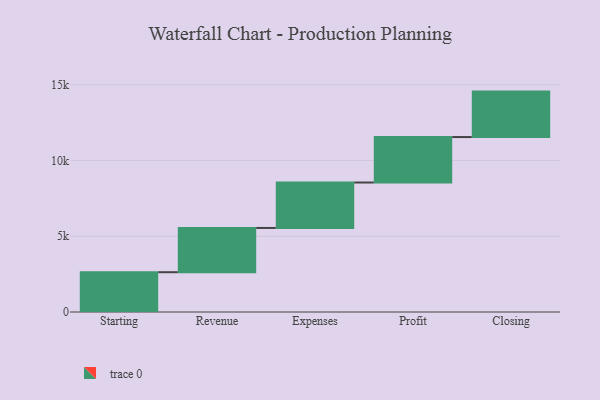
{"axis": {"x": "Step", "y": "Value"}, "legend": [""], "data": [{"x": "Starting", "y": 2627.0, "type": ""}, {"x": "Revenue", "y": 2920.0, "type": ""}, {"x": "Expenses", "y": 3000, "type": ""}, {"x": "Profit", "y": 3000, "type": ""}, {"x": "Closing", "y": 3000, "type": ""}]}